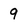
Character: 9